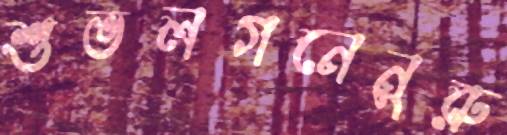
শুভলগনেনুরু